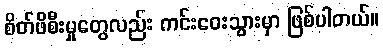
စိတ်ဖိစီးမှုတွေလည်း ကင်းဝေးသွားမှာ ဖြစ်ပါတယ်။